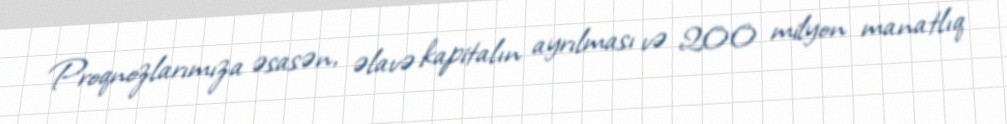
Proqnozlarımıza əsasən, əlavə kapitalın ayrılması və 200 milyon manatlıq